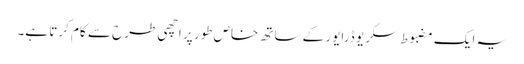
یہ ایک مضبوط سکریو ڈرایور کے ساتھ خاص طور پر اچھی طرح سے کام کرتا ہے۔